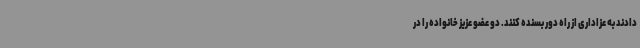
دادند به عزاداری از راه دور بسنده کنند. دو عضو عزیز خانواده را در